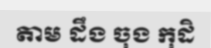
តាម ដឹង ចុង កុដិ